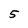
Character: 5